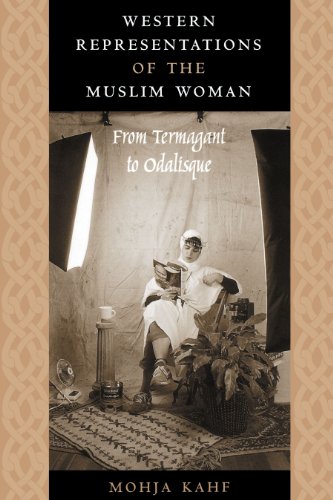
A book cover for Western Representations of the Muslim Woman: From Termagant to Odalisque; Mohja Kahf; Religion & Spirituality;